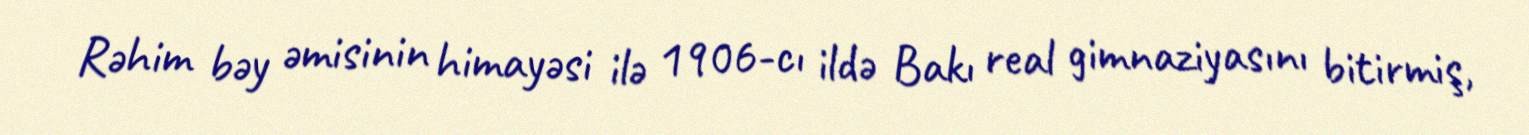
Rəhim bəy əmisinin himayəsi ilə 1906-cı ildə Bakı real gimnaziyasını bitirmiş,